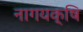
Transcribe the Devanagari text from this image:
नागयक्षि